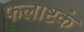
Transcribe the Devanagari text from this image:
फलाष्टकं